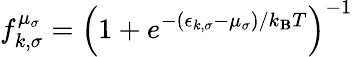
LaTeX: f_{k,\sigma}^{\mu_{\sigma}}=\left(1+e^{-(\epsilon_{k,\sigma}-\mu_{\sigma})/k_{\mathbf{B}}T}\right)^{-1}